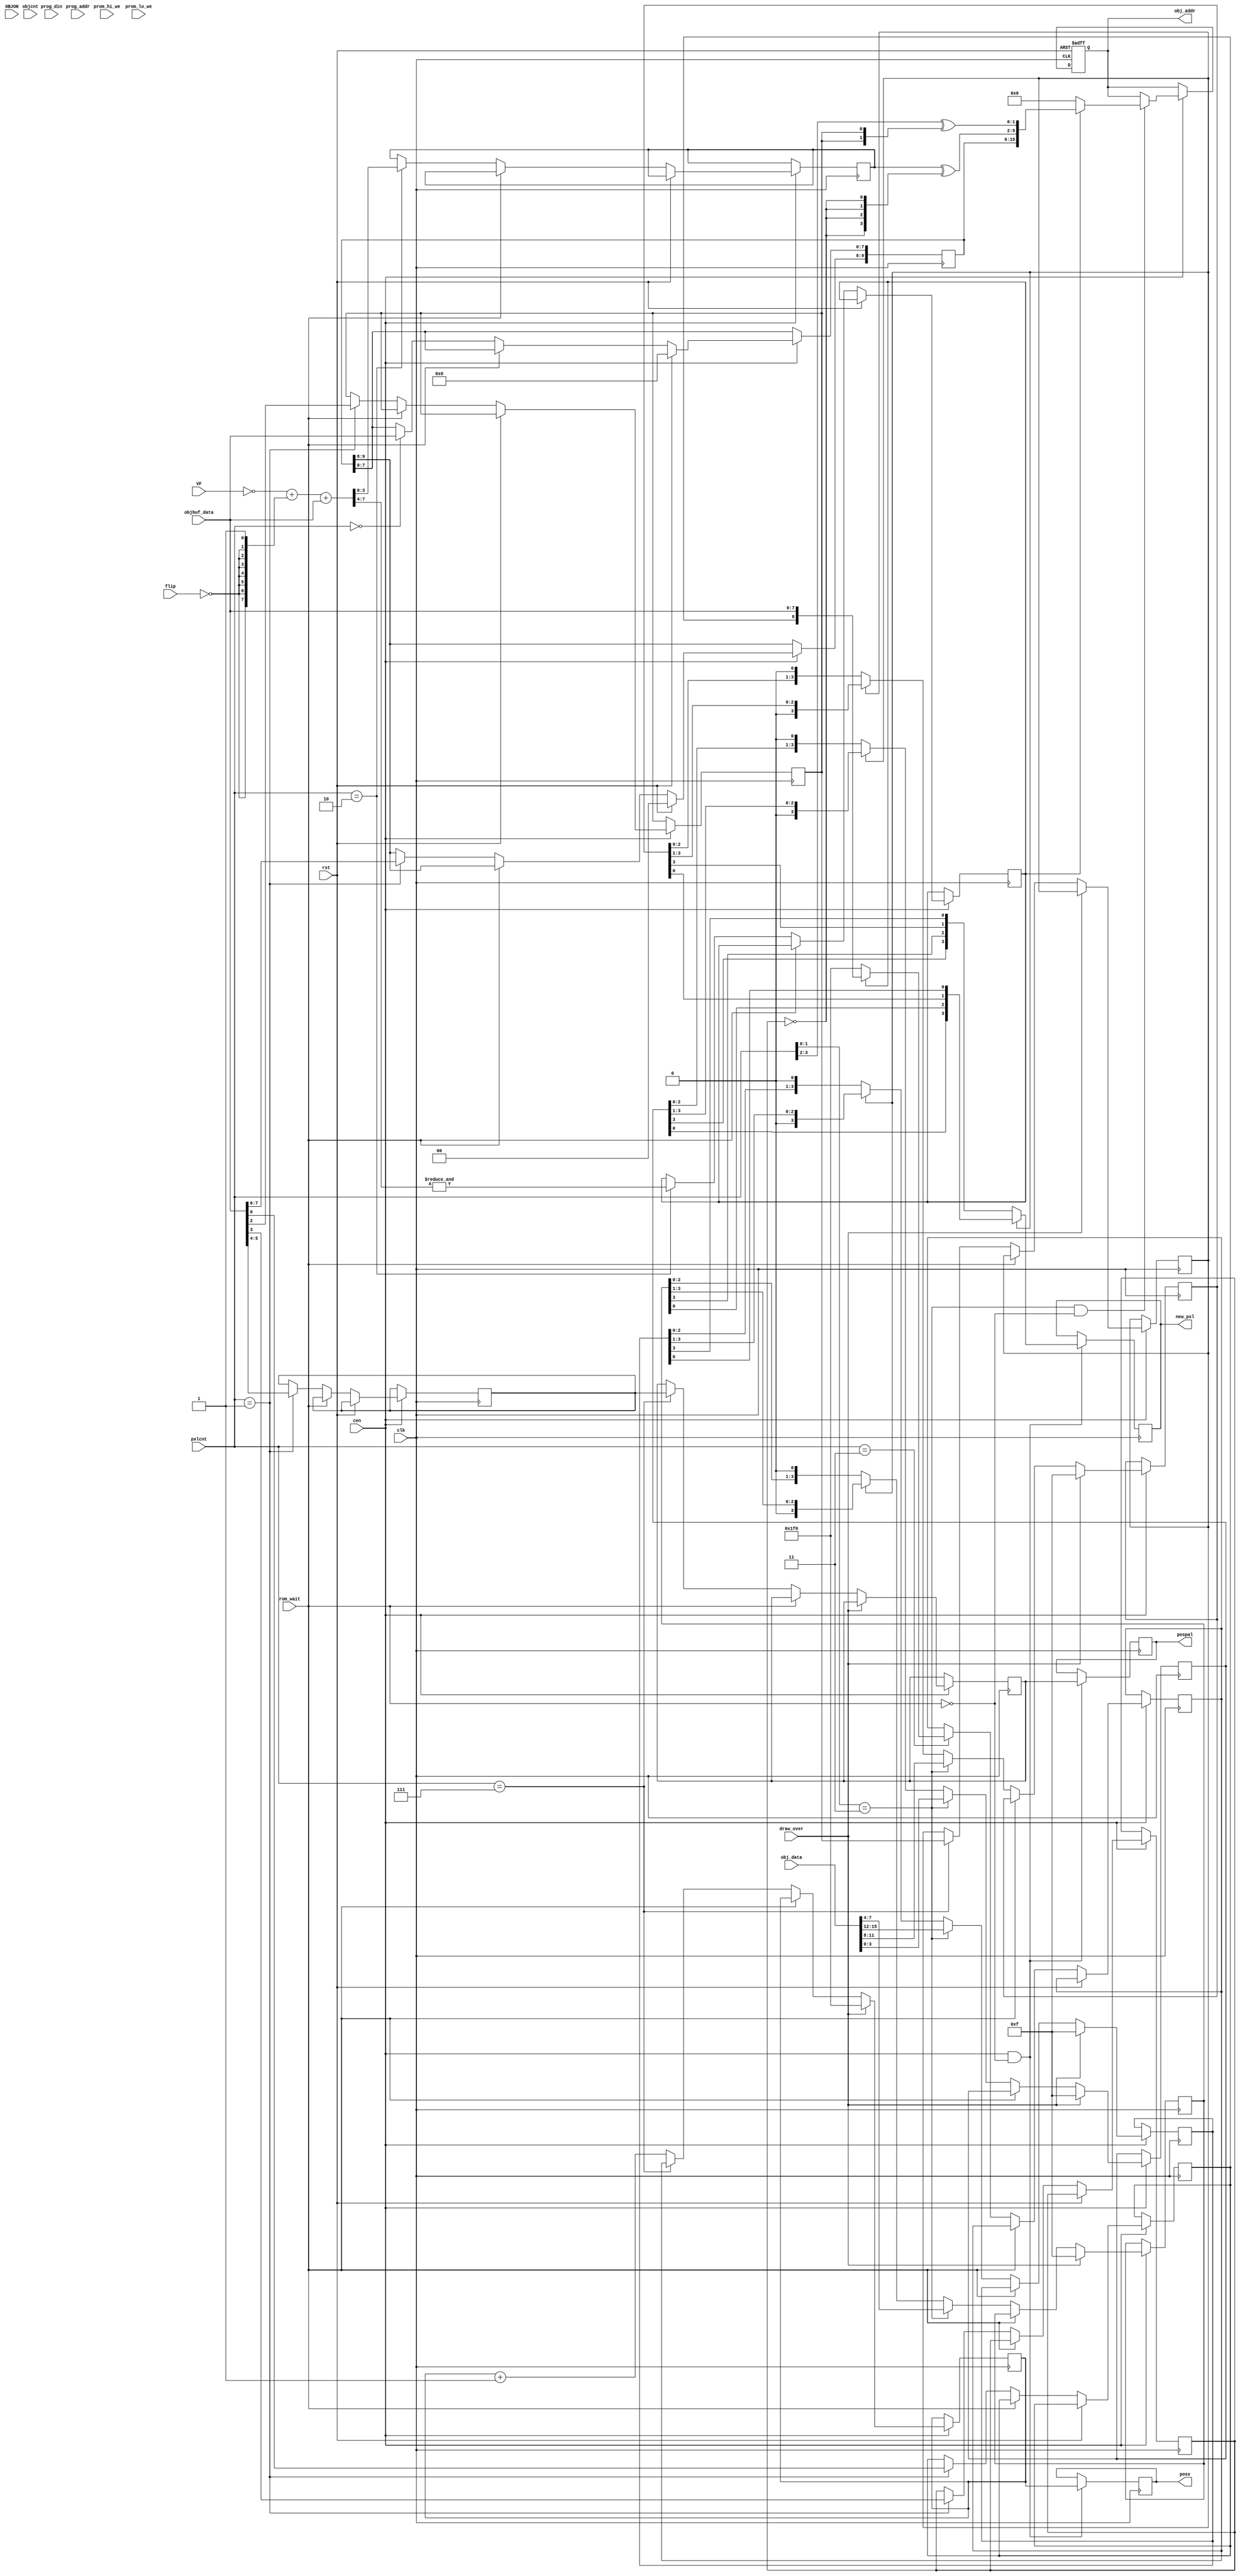
/*  This file is part of JTCORES.
    JTCORES program is free software: you can redistribute it and/or modify
    it under the terms of the GNU General Public License as published by
    the Free Software Foundation, either version 3 of the License, or
    (at your option) any later version.

    JTCORES program is distributed in the hope that it will be useful,
    but WITHOUT ANY WARRANTY; without even the implied warranty of
    MERCHANTABILITY or FITNESS FOR A PARTICULAR PURPOSE.  See the
    GNU General Public License for more details.

    You should have received a copy of the GNU General Public License
    along with JTCORES.  If not, see <http://www.gnu.org/licenses/>.

    Author: Jose Tejada Gomez. Twitter: @topapate
    Version: 1.0
    Date: 11-1-2019 */

// Building the video with so many generate statements made
// it impossible to have clean warnings in verilator
/* verilator lint_off SELRANGE */
/* verilator lint_off WIDTH */

module jtgng_objdraw #(parameter
    DW               = 8,   // data width of the DMA
    ROM_AW           = 16,
    LAYOUT           = 0,   // 0: GnG, Commando
                            // 1: 1943
                            // 2: GunSmoke
                            // 3: Bionic Commando, Tiger Road
                            // 4: Black Tiger
                            // 5: Section Z/Legendary Wings
                            // 6: Trojan
                            // 8: Side Arms
                            // 9: Street Fighter
                            //10: The Speed Rumbler
    PALW             = 2,   // Define it in the video module
    PALETTE          = 0,   // 1 if the palette PROM is used
    PALETTE1_SIMFILE = "", // only for simulation
    PALETTE0_SIMFILE = "", // only for simulation

    parameter [8:0] XOUT = 9'h1F0 // non visible location in double-line buffer
) (
    (* direct_enable *) input cen,
    input              rst,
    input              clk,
    // screen
    input       [7:0]  VF,
    input       [3:0]  pxlcnt,
    output reg  [8:0]  posx,
    input              flip,
    // per-line sprite data
    input       [4:0]  objcnt,
    input    [DW-1:0]  objbuf_data,
    // SDRAM interface
    output  reg [ROM_AW-1:0] obj_addr,
    input       [15:0] obj_data,
    input              rom_wait,
    input              draw_over,
    // Palette PROM
    input              OBJON,
    input       [7:0]  prog_addr,
    input              prom_hi_we,
    input              prom_lo_we,
    input       [3:0]  prog_din,
    // pixel data
    output reg  [PALW-1:0]       pospal,
    output reg  [(PALETTE?7:3):0]  new_pxl  // 8 bits if PROMs used, 4 bits otherwise
);

// Width of ID code
localparam IDW = LAYOUT==3 ? 12 : (ROM_AW-6);
// Width of ID code directly read from the buffer at step 0
localparam IDWDIRECT = IDW<DW ? IDW : DW;
localparam PW = LAYOUT==11 ? 5 : PALW; // Games that store extra information
                        // can use bits defined in PW. Defining PALW as larger
                        // than needed has side effects in jtgng_objpxl

reg  [ IDW-1:0] id;
reg  [ IDW-1:0] idalt;
reg  [  PW-1:0] objpal, objpal1;
reg  [     8:0] objx;
reg             obj_vflip, obj_hflip, hover;
wire            posvflip;
reg             poshflip;
reg             vinzone;
reg             resize, repeated;
reg             poshflip2;
reg  [     7:0] Vsum;


always @(*) begin
    Vsum = (~VF + { {7{~flip}}, 1'b1})+objbuf_data[7:0]; // this is equivalent to
    // 2's complement of VF plus object's Y, i.e. a subtraction
    // but flip is used to make it work with flipped screens
    // This is the same formula used on the schematics
end

always @(resize,repeated,id,Vsum, obj_hflip,obj_vflip) begin
    // idalt is -so far- only used by SF
    // note that extended size objects are built
    // by actually adding 1, 16 or 17 to the ID code
    // The ID is not built by OR-ing or by replacing
    // bits like in other titles.
    // There are 14x 74-283 chips (4-bit adders)
    // that's a lot of adders. GnG uses only 8x adders
    // So there are 6 extra, enough to make two
    // additions on 12-bit numbers
    // Using OR-ing instead of adding results in broken
    // sprites, both horizontally and vertically
    idalt = resize ? (id+{(~obj_vflip)^Vsum[4],4'd0}) : id;
    if( resize ) begin
        if( !obj_hflip ) begin
            if(repeated) idalt = idalt + 1'd1;
        end else begin
            if(!repeated) idalt = idalt + 1'd1;
        end
    end
    if(idalt[4]!=idalt[3]) begin
        idalt[4:3] = ~idalt[4:3]; // This might be needed just
        // because of the ROM load order
    end
end

reg [3:0] Vobj;

always @(posedge clk) if(cen) begin
if( rst ) begin
    id <= {IDW{1'b0}};
end else begin
    if(!rom_wait) case( pxlcnt[3:0] )
        4'd0: id[IDWDIRECT-1:0] <= objbuf_data[ IDWDIRECT-1: 0 ];
        4'd1: case( LAYOUT )
            0,7: begin // GnG, Commando
                id[9:8]     <= objbuf_data[7:6];
                objpal[1:0] <= objbuf_data[5:4];
                obj_vflip   <= objbuf_data[3];
                obj_hflip   <= objbuf_data[2];
                hover       <= objbuf_data[0];
            end
            1: begin // 1943
                id[10:8]  <= objbuf_data[7:5];
                objpal    <= objbuf_data[3:0];
                obj_vflip <= 1'b0;
                obj_hflip <= 1'b0;
                hover     <= objbuf_data[4];
            end
            2: begin // GunSmoke
                id[9:8]   <= objbuf_data[7:6];
                objpal    <= objbuf_data[3:0];
                obj_vflip <= objbuf_data[4];
                obj_hflip <= 1'b0;
                hover     <= objbuf_data[5];
            end
            3: begin // Bionic Commando, Tiger Road
                obj_vflip <= objbuf_data[0];
                obj_hflip <= objbuf_data[1];
                objpal    <= objbuf_data[5:2];
            end
            4: begin // Black Tiger
                id[10:8]  <= objbuf_data[7:5];
                hover     <= objbuf_data[4];
                obj_hflip <= objbuf_data[3];
                obj_vflip <= 1'b0;
                objpal    <= objbuf_data[2:0];
            end
            5: begin // Section Z / Legendary Wings
                id[9:8]   <= objbuf_data[7:6];
                hover     <= objbuf_data[0];
                obj_hflip <= objbuf_data[1];
                obj_vflip <= objbuf_data[2];
                objpal    <= objbuf_data[5:3];
            end
            6: begin // Trojan
                id[10:8]  <= { objbuf_data[7], objbuf_data[5], objbuf_data[6] };
                hover     <= objbuf_data[0];
                obj_hflip <= objbuf_data[4];
                obj_vflip <= 1;
                objpal    <= objbuf_data[3:1];
            end
            8: begin // Side Arms
                id[10:8]  <= objbuf_data[7:5];
                hover     <= objbuf_data[4];
                obj_hflip <= 0;
                obj_vflip <= 0;
                objpal    <= objbuf_data[3:0];
            end
            9: begin // Street Fighter
                obj_vflip <= objbuf_data[9];
                obj_hflip <= objbuf_data[8];
                objpal    <= objbuf_data[3:0];
                resize    <= objbuf_data[10];
                repeated  <= objbuf_data[15];
            end
            10: begin // The Speed Rumbler
                id[10:8]  <= objbuf_data[7:5];
                obj_vflip <= objbuf_data[1];
                obj_hflip <= 0;
                objpal    <= objbuf_data[4:2];
                hover     <= objbuf_data[0];
            end
            11: begin // Exed Exes
                objpal      <= { objbuf_data[6], objbuf_data[3:0] }; // MSB = priority
                obj_hflip   <= objbuf_data[4];
                obj_vflip   <= objbuf_data[5];
                hover       <= objbuf_data[7];
            end
        endcase
        4'd2: begin // Object Y is on objbuf_data at this step
            if( LAYOUT == 9 ) begin // SF
                Vobj    <= Vsum[3:0];
                vinzone <= resize ? &Vsum[7:5] : &Vsum[7:4];
                id      <= idalt;
            end else begin
                Vobj    <=  Vsum[3:0];
                vinzone <= &Vsum[7:4];
            end
        end
        4'd3: begin
            // DW-4 refers to bit 12 but it needs this indirect index
            // so verilator does not complaint about the 12 when DW is only 8
            objx <= vinzone ?
                { (LAYOUT==3 || LAYOUT==9) ? objbuf_data[8] : hover, objbuf_data[7:0] } // LAYOUT==3 implies DW=16
                : XOUT;
        end
        default:;
    endcase
end
end

always @(posedge clk, posedge rst) begin
    if( rst ) begin
        obj_addr <= {ROM_AW{1'b0}};
    end else if(cen) begin
        if( pxlcnt[1:0]==2'd3 && !rom_wait ) begin
            obj_addr <= !vinzone ? {ROM_AW{1'b0}} :
                { id, Vobj^{4{~obj_vflip}}, pxlcnt[3:2]^{2{obj_hflip}} };
        end
    end
end

reg [ 3:0] z,y,x,w;
reg [8:0] posx1;

// ROM data depacking
always @(posedge clk) if(cen) begin
    // only advance if we are not waiting for data
    if( draw_over ) begin
        posx1 <= XOUT;
        {z,y,x,w} <= 16'hFFFF;
    end else begin
        if( !rom_wait ) begin
            if( pxlcnt[3:0]==4'h7 ) begin
                objpal1   <= objpal;
                poshflip2 <= obj_hflip;
                posx1     <= objx;
            end else begin
                posx1     <= posx1 + 9'b1;
            end
            case( pxlcnt[1:0] )
                2'd3:  begin // new data
                        {z,y,x,w} <= obj_data;
                    end
                default:
                    if( poshflip2 ) begin
                        z <= z >> 1;
                        y <= y >> 1;
                        x <= x >> 1;
                        w <= w >> 1;
                    end else begin
                        z <= z << 1;
                        y <= y << 1;
                        x <= x << 1;
                        w <= w << 1;
                    end
            endcase
        end
    end
end

generate
    if( PALETTE == 1 ) begin
        wire [7:0] prom_dout;
        // 1943 has bits reversed for palette PROMs
        wire [3:0] new_col = poshflip2 ? {w[0],x[0],y[0],z[0]} : {w[3],x[3],y[3],z[3]};
        wire [7:0] pal_addr = { objpal1[3:0], new_col };

        jtframe_prom #(.AW(8),.DW(4), .SIMFILE(PALETTE1_SIMFILE) ) u_prom_msb(
            .clk    ( clk            ),
            .cen    ( cen            ),
            .data   ( prog_din       ),
            .rd_addr( pal_addr       ),
            .wr_addr( prog_addr      ),
            .we     ( prom_hi_we     ),
            .q      ( prom_dout[7:4] )
        );

        jtframe_prom #(.AW(8),.DW(4), .SIMFILE(PALETTE0_SIMFILE) ) u_prom_lsb(
            .clk    ( clk            ),
            .cen    ( cen            ),
            .data   ( prog_din       ),
            .rd_addr( pal_addr       ),
            .wr_addr( prog_addr      ),
            .we     ( prom_lo_we     ),
            .q      ( prom_dout[3:0] )
        );

        reg  [8:0] posx2;

        always @(posedge clk ) if (cen) begin // do not gate by !rom_wait
            pospal <= objpal1[PALW-1:0];
            posx2  <= posx1; // 1-clk delay to match the PROM data
            if( OBJON ) begin
                new_pxl <= prom_dout;
                if( LAYOUT==11 )
                    new_pxl[7] <= objpal1[4];
                posx    <= posx2;
            end else begin
                new_pxl <= 8'hf;
                posx    <= XOUT;
            end
        end

    end else begin
        // No palette PROMs
        always @(posedge clk) if(cen && !rom_wait) begin
            new_pxl <= poshflip2 ? {w[0],x[0],y[0],z[0]} : {w[3],x[3],y[3],z[3]};
            posx    <= posx1;
            pospal  <= objpal1;
        end
    end
endgenerate

endmodule // jtgng_objdraw
/* verilator lint_on SELRANGE */
/* verilator lint_on WIDTH */